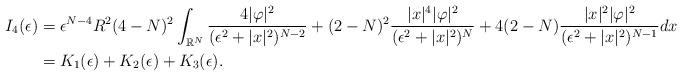
LaTeX: \begin{align*}I_{4}(\epsilon)&=\epsilon^{N-4}R^{2}(4-N)^{2}\int_{\mathbb{R}^{N}}\frac{4|\varphi|^{2}}{(\epsilon^2+|x|^{2})^{N-2}}+(2-N)^{2}\frac{|x|^{4}|\varphi|^{2}}{(\epsilon^2+|x|^{2})^{N}}+4(2-N)\frac{|x|^{2}|\varphi|^{2}}{(\epsilon^2+|x|^{2})^{N-1}}dx\\&=K_{1}(\epsilon)+K_{2}(\epsilon)+K_{3}(\epsilon).\end{align*}